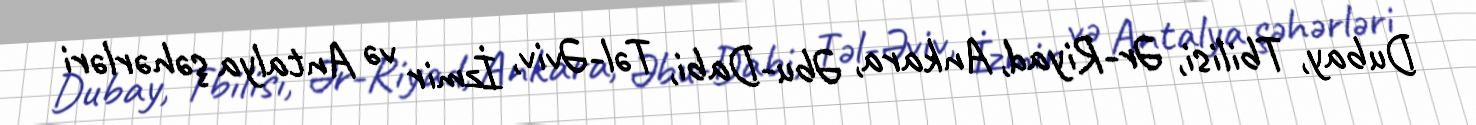
Dubay, Tbilisi, Ər-Riyad, Ankara, Əbu-Dabi, Təl-Əviv, İzmir və Antalya şəhərləri